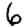
Digit: 6